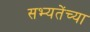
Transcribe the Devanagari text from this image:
सभ्यतेंच्या